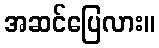
အဆင်ပြေလား။